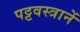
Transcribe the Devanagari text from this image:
पट्टवस्त्रानें